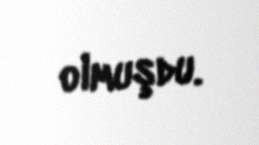
olmuşdu.